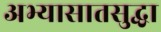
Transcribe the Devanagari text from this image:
अभ्यासातसुद्धा